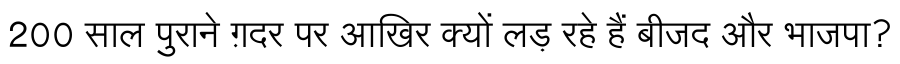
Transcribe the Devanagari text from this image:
200 साल पुराने ग़दर पर आखिर क्यों लड़ रहे हैं बीजद और भाजपा?